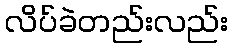
လိပ်ခဲတည်းလည်း